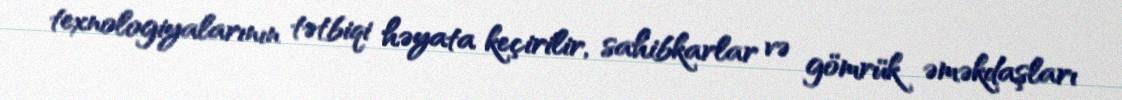
texnologiyalarının tətbiqi həyata keçirilir, sahibkarlar və gömrük əməkdaşları